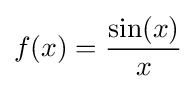
f(x)={\frac {\sin(x)}{x}}